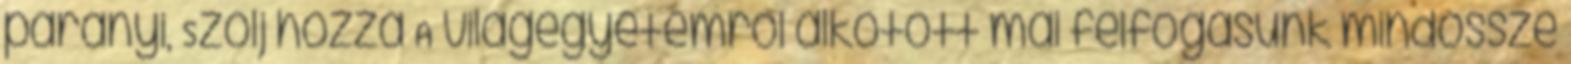
parányi, Szólj hozzá A világegyetemről alkotott mai felfogásunk mindössze